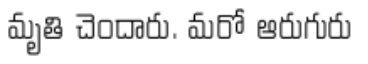
మృతి చెందారు. మరో ఆరుగురు